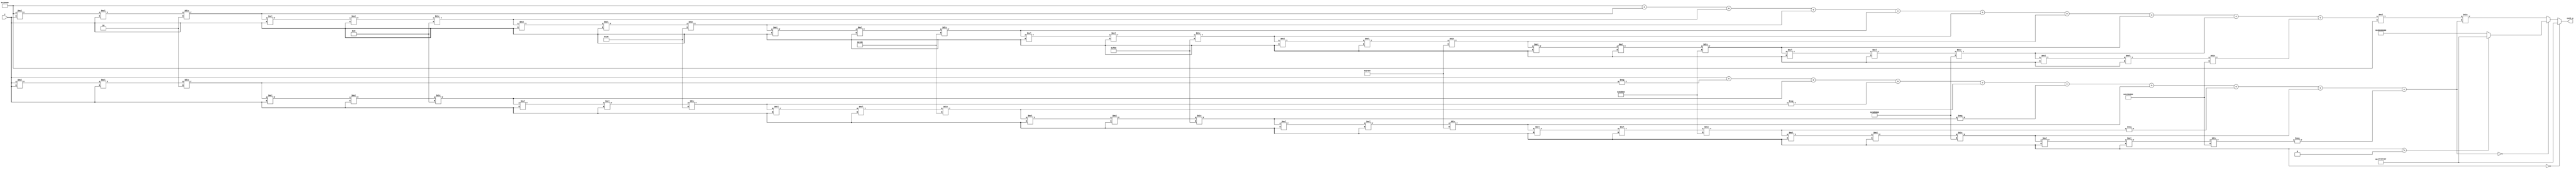
module hyperbolic_cotangent (
    input wire [31:0] x,          // Input: Fixed-point with 16 integer and 16 fractional bits
    output reg [31:0] coth_x      // Output: Fixed-point with 16 integer and 16 fractional bits
);

    // Fixed-point representation parameters
    parameter INT_WIDTH = 16;
    parameter FRAC_WIDTH = 16;
    parameter FIXED_POINT_ONE = 1 << FRAC_WIDTH; // 1 in fixed-point
    parameter FIXED_POINT_ZERO = 0;
    parameter EXPONENT_OFFSET = 14; // Adjust as needed

    // Internal variables
    reg [31:0] sinh_x;
    reg [31:0] cosh_x;

    // Function to compute sinh(x)
    function [31:0] sinh;
        input [31:0] x;
        reg [31:0] term;
        reg [31:0] sum;
        reg [31:0] factorial;
        integer i;
        begin
            sum = x; // Start with first term x
            term = x;
            factorial = 1;

            for (i = 1; i < 10; i = i + 1) begin // Compute first few terms of Taylor series
                factorial = factorial * 2 * i; // (2*i)! for sinh
                term = (term * x * x) / (factorial); // x^(2*i+1)/(2*i)!
                sum = sum + (i % 2 == 0 ? term : -term); // Alternate signs
            end
            sinh = sum;
        end
    endfunction

    // Function to compute cosh(x)
    function [31:0] cosh;
        input [31:0] x;
        reg [31:0] term;
        reg [31:0] sum;
        reg [31:0] factorial;
        integer i;
        begin
            sum = FIXED_POINT_ONE; // Start with first term 1
            term = FIXED_POINT_ONE;
            factorial = 1;

            for (i = 1; i < 10; i = i + 1) begin // Compute first few terms of Taylor series
                factorial = factorial * 2 * i; // (2*i)!
                term = (term * x * x) / (factorial); // x^(2*i)/(2*i)!
                sum = sum + term; // All terms are positive for cosh
            end
            cosh = sum;
        end
    endfunction

    // Always block for computation
    always @* begin
        // Special case for x = 0
        if (x == FIXED_POINT_ZERO) begin
            coth_x = 32'h7FFFFFFF; // Return large positive value for coth(0)
        end else begin
            sinh_x = sinh(x);
            cosh_x = cosh(x);

            if (sinh_x == FIXED_POINT_ZERO) begin
                coth_x = (x > FIXED_POINT_ZERO) ? 32'h7FFFFFFF : 32'h80000000; // Handle division by zero
            end else begin
                // Calculate coth(x) = cosh(x) / sinh(x)
                coth_x = (cosh_x * FIXED_POINT_ONE) / sinh_x; // Multiply by one to maintain fixed-point
            end
        end
    end

endmodule